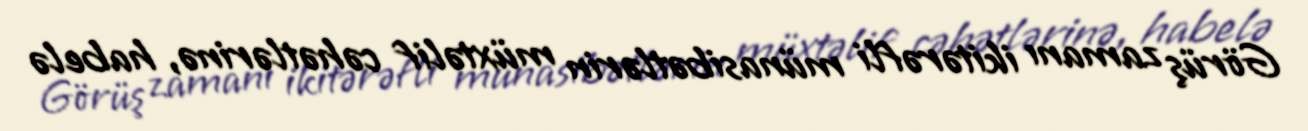
Görüş zamanı ikitərəfli münasibətlərin müxtəlif cəhətlərinə, habelə